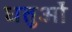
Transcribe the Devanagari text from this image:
धतुओं